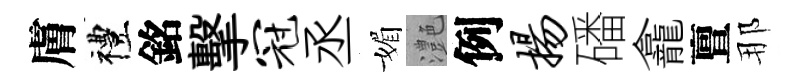
膚禮銘擊冠丞媚灔例扬磻龕亶那